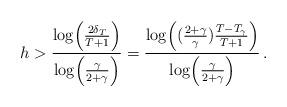
LaTeX: \begin{align*} h &> {\log \Bigl( {2\delta_T\over T+ 1}\Bigr) \over \log \Bigl({\gamma\over 2+\gamma}\Bigr)} = {\log \Bigl( ({2+\gamma\over \gamma}) {T- T_\gamma \over T+ 1}\Bigr) \over \log \Bigl({\gamma\over 2+\gamma}\Bigr)}\,.\end{align*}